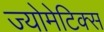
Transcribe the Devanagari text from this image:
ज्योमेटिक्स